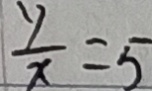
\frac { y } { x } = 5